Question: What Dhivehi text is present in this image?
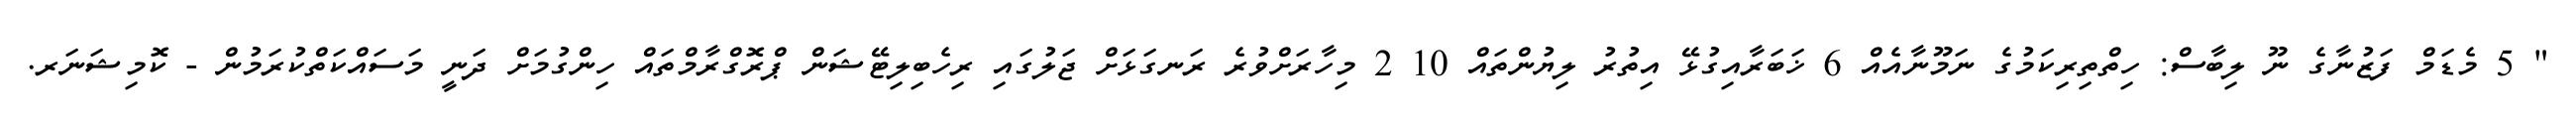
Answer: " 5 މެޑަމް ފަޒުނާގެ ނޫ ލިބާސް: ހިތްތިރިކަމުގެ ނަމޫނާއެއް 6 ޚަބަރާއިގުޅޭ އިތުރު ލިޔުންތައް 10 2 މިހާރަށްވުރެ ރަނގަޅަށް ޖަލުގައި ރިހެބިލިޓޭޝަން ޕްރޮގްރާމްތައް ހިންގުމަށް ދަނީ މަސައްކަތްކުރަމުން - ކޮމިޝަނަރ.